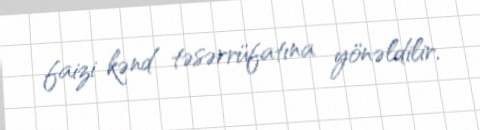
faizi kənd təsərrüfatına yönəldilir.